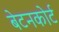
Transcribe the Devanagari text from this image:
बेटनकोर्ट